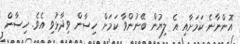
އޮންނާނެ ކަމަށާއި އެ ލިޔުން ބޭނުންވާ ކަމަށް ހިސާން ވިދާޅުވި އެވެ. ހިސާން